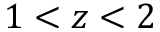
1 < z < 2